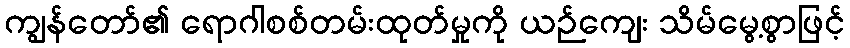
ကျွန်တော်၏ ရောဂါစစ်တမ်းထုတ်မှုကို ယဉ်ကျေး သိမ်မွေ့စွာဖြင့်